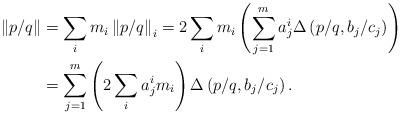
LaTeX: \begin{align*}\left\| p/q \right\|&= \sum_{i} m_{i}\left\| p/q \right\|_{i} = 2 \sum_{i} m_{i} \left(\sum_{j=1}^{m} a^i_j \Delta \left(p/q , b_j / c_j \right) \right)\\&=\sum_{j=1}^{m}\left(2\sum_{i}a^{i}_{j}m_{i}\right)\Delta\left(p/q , b_j / c_j \right).\end{align*}